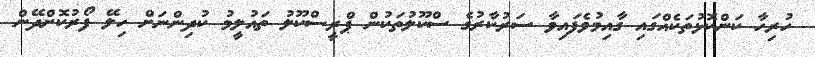
ހުރިހާ ކަންކޮޅުތަކެއްގައި ގާއިމުވެފައިވާ ސަރުކާރުގެ ސްކޫލުތަކުން ޕްރީސްކޫލު ތައުލީމު ކުދިންނަށް ހިލޭ ފޯރުކޮށްދޭން